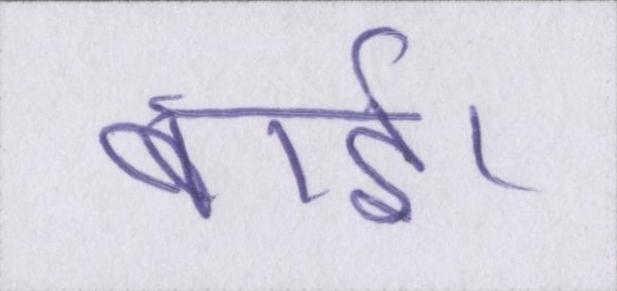
बाई।